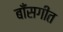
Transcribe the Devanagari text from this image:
बाँसगीत